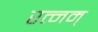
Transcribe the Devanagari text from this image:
रत्नम्‌